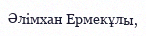
Әлімхан Ермекұлы,